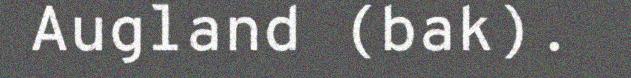
Augland (bak).